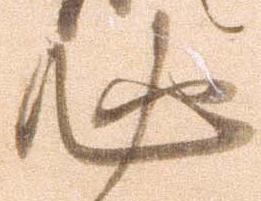
必